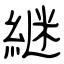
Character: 継